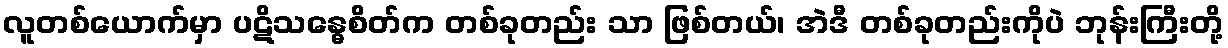
လူတစ်ယောက်မှာ ပဋိသန္ဓေစိတ်က တစ်ခုတည်း သာ ဖြစ်တယ်၊ အဲဒီ တစ်ခုတည်းကိုပဲ ဘုန်းကြီးတို့